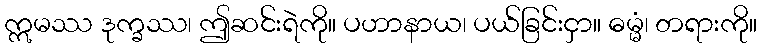
ဣမဿ ဒုက္ခဿ၊ ဤဆင်းရဲကို။ ပဟာနာယ၊ ပယ်ခြင်းငှာ။ ဓမ္မံ၊ တရားကို။